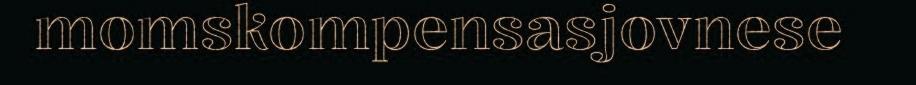
momskompensasjovnese